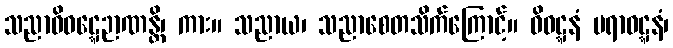
သညာဝိဝဋ္ဋေဉာဏန္တိ၊ ကား။ သညာယ၊ သညာစေတသိက်ကြောင့်။ ဝိဝဋ္ဋနံ ပရာဝဋ္ဋနံ၊